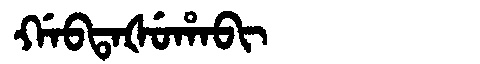
Manchu: ᡤᠠᠪᡨᠠᡧᡠᡥᠠᠪᡳ
Romanization: GABTAŠUHABI